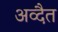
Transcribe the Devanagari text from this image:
अव्दैत